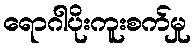
ရောဂါပိုးကူးစက်မှု